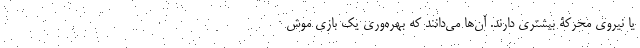
یا نیروی محرکۀ بیشتری دارند. آن‌ها می‌دانند که بهره‌وری یک بازی موش